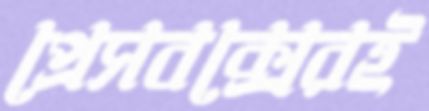
প্রেসবক্সেরই